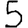
Digit: 5